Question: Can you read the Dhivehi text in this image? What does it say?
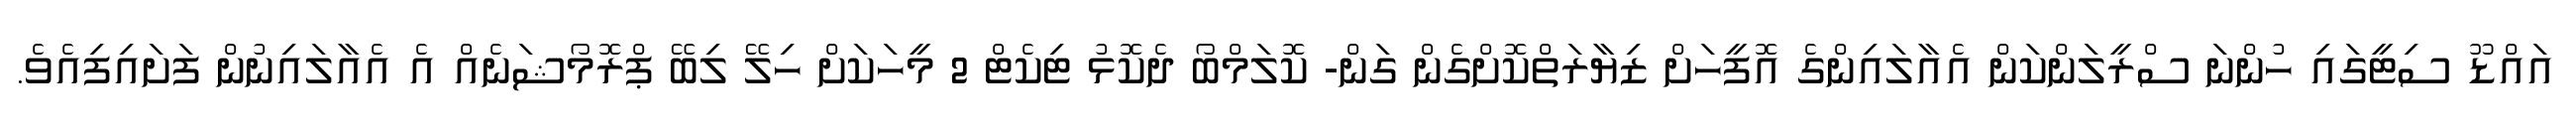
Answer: އައްޑޫ ސިޓީގައި ހުންނަ ސްރީލަންކަން އެއާލައިންގެ އޮފީހަށް ޒިޔާރަތްކޮށްގެން ގަން- ކޮލަމްބޯ ދެކޮޅު ޓިކެޓް 2 މީހަކަށް ހިލޭ ލިބޭ ޕްރޮމޯޝަނެއް އެ އެއާލައިނުން ފަށައިފިއެވެ.